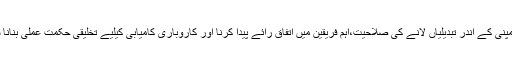
اس میں کمپنی کے اندر تبدیلیاں لانے کی صلاحیت،اہم فریقین میں اتفاق رائے پیدا کرنا اور کاروباری کامیابی کیلیے تخلیقی حکمت عملی بنانا شامل ہے۔